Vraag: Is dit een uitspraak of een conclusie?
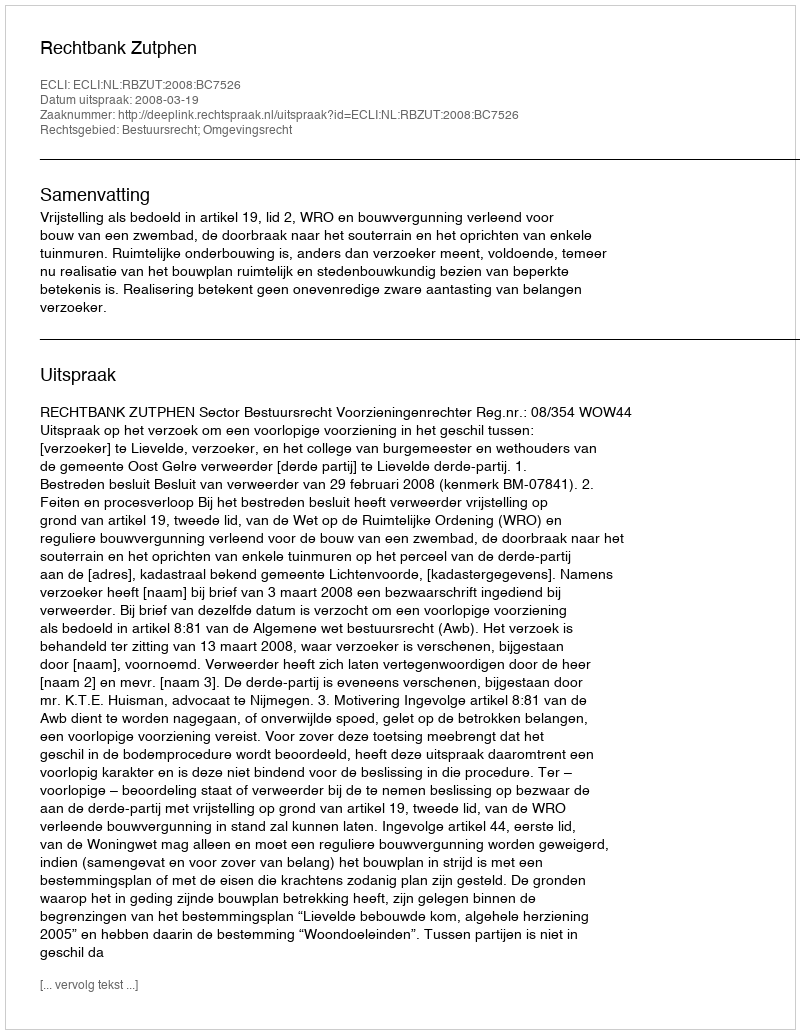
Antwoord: Uitspraak